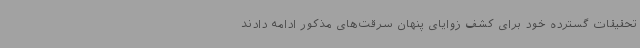
تحقیقات گسترده خود برای کشف زوایای پنهان سرقت‌های مذکور ادامه دادند